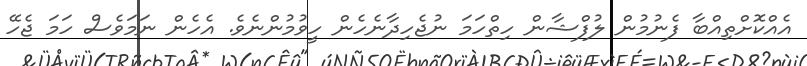
އެއްކޮށްތިއްބާ ފެނުމުން ލުފްޝާން ހިތްހަމަ ނުޖެހިދާނެހެން ހީވުމުންނެވެ. އެހެން ނަމަވެސް ހަމަ ޖެހޭ